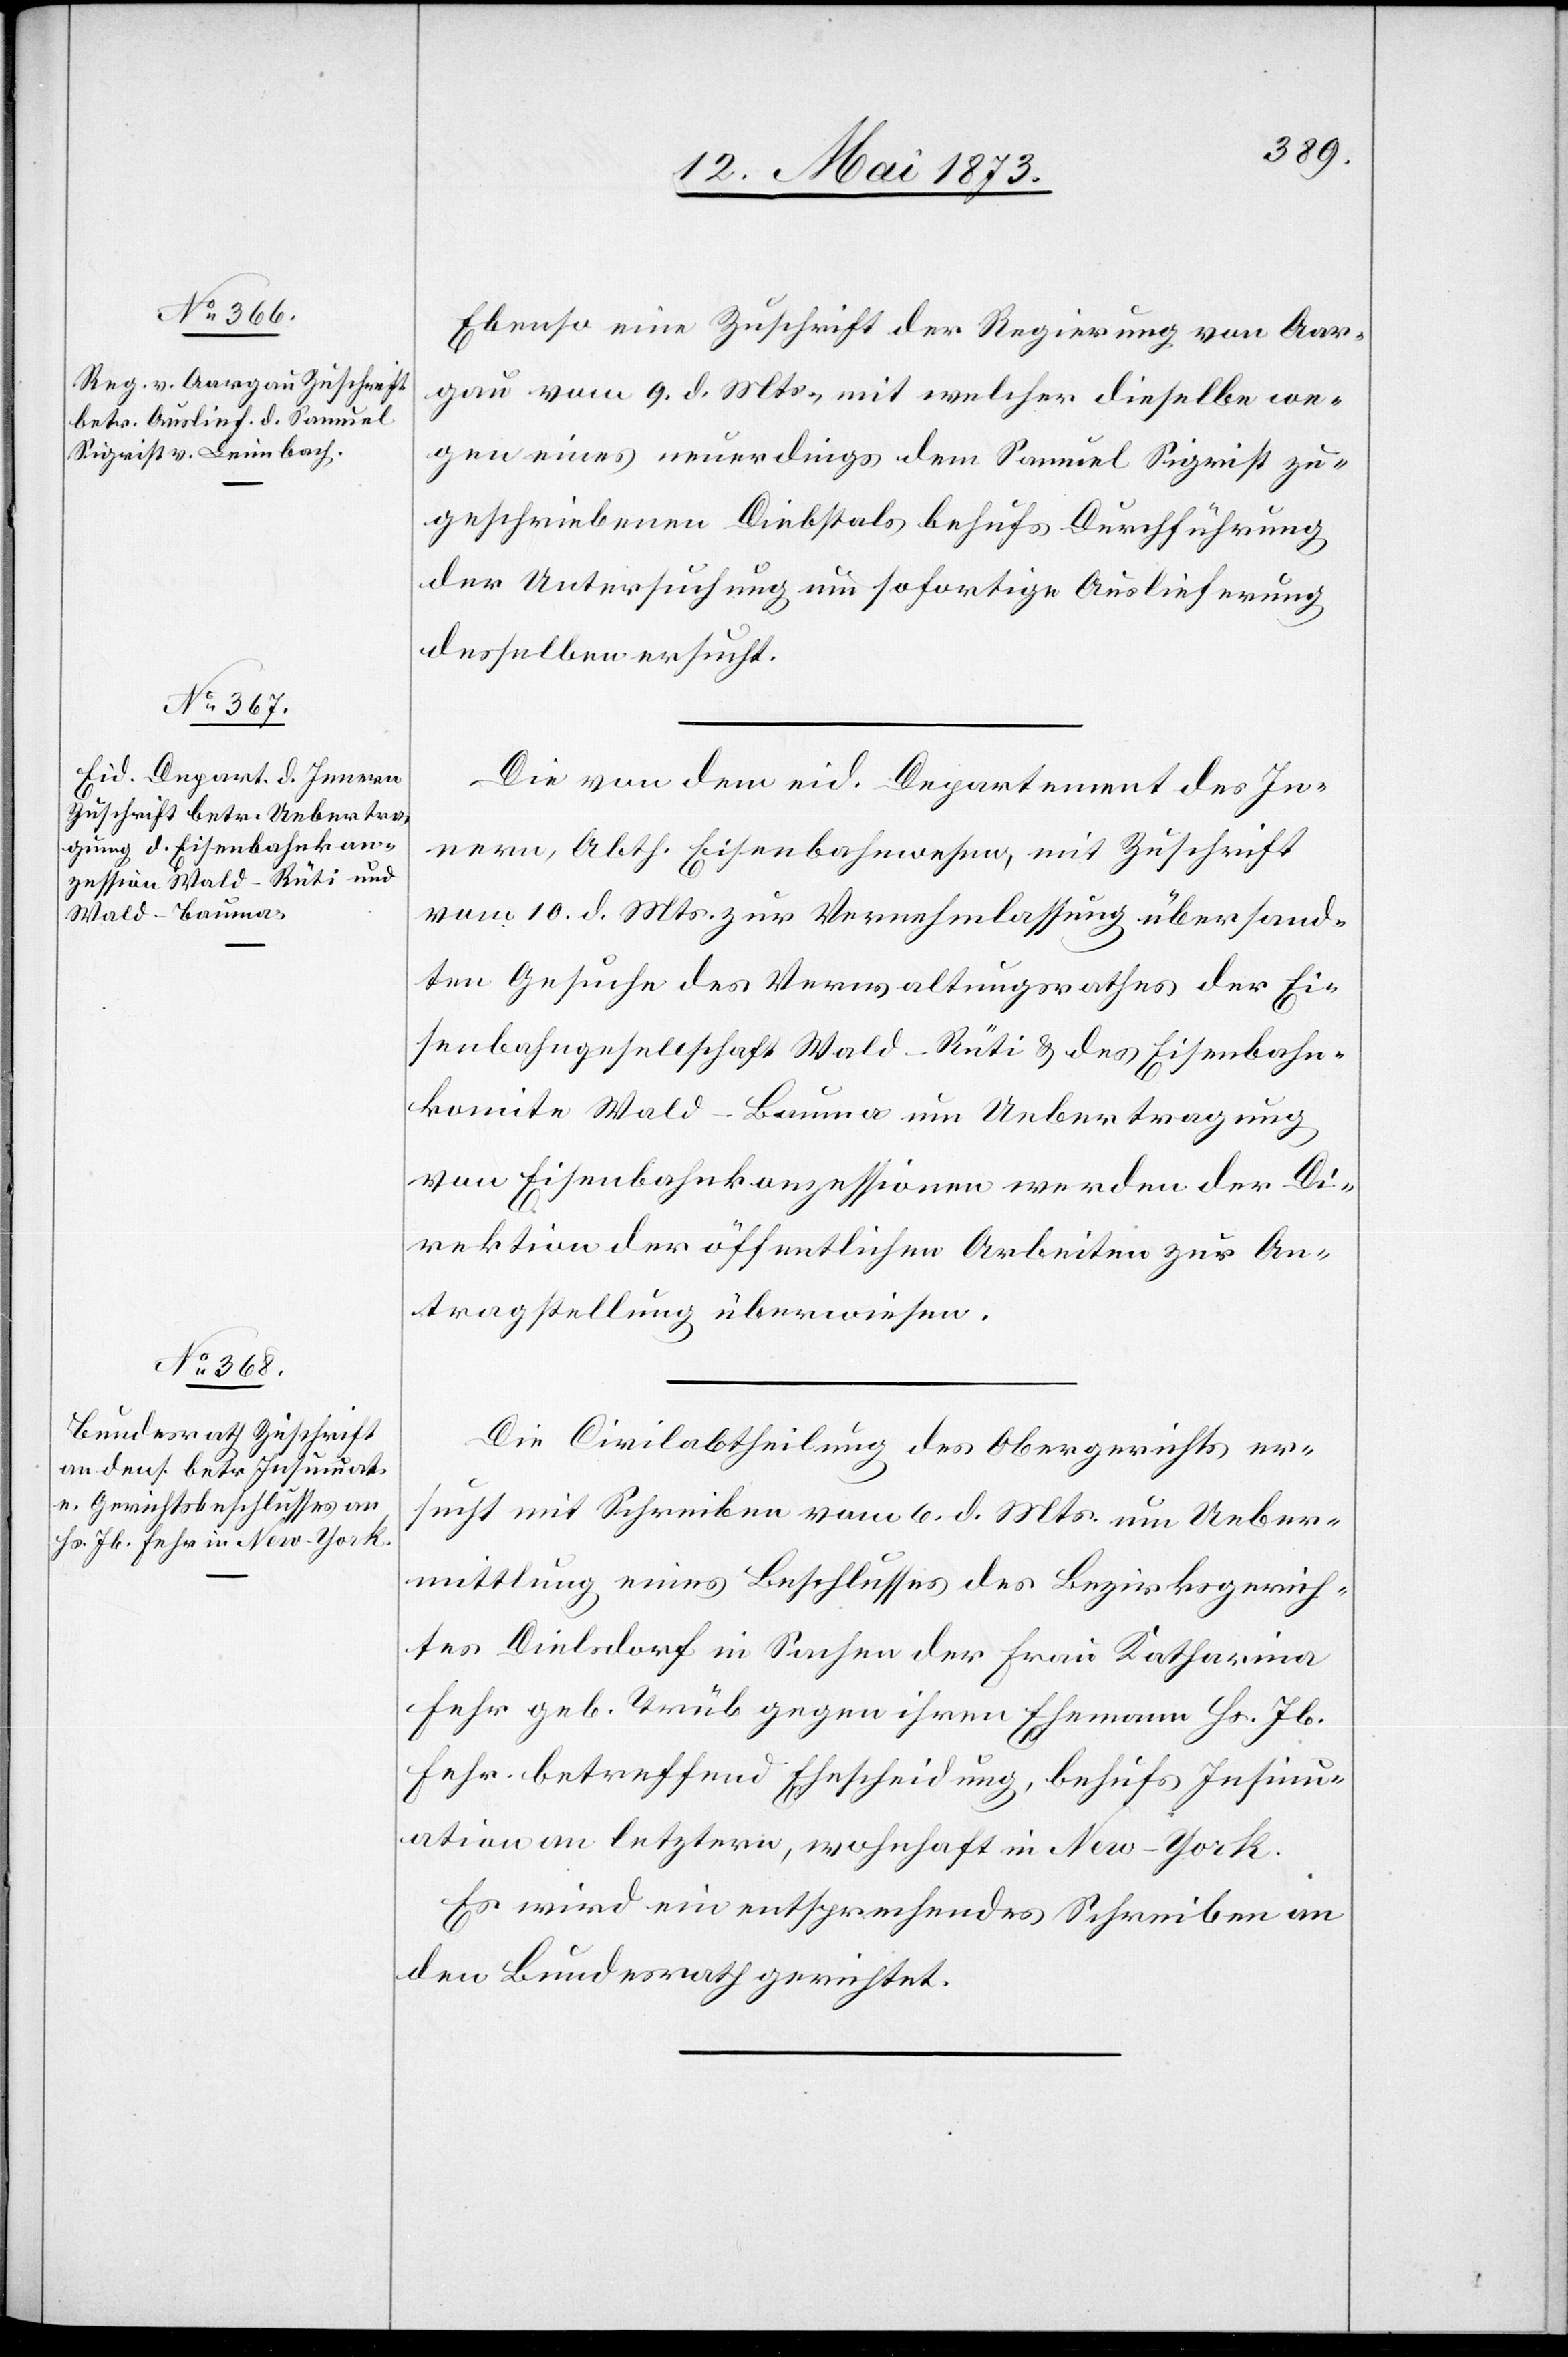
12. Mai 1873.]
Ebenso eine Zuschrift der Regierung von Aar¬
gau vom 9. d. Mts., mit welcher dieselbe we¬
gen eines neuerdings dem Samuel Sigrist zu¬
geschriebenen Diebstals behufs Durchführung
der Untersuchung um sofortige Auslieferung
desselben ersucht.
Die von dem eid. Departement des In¬
nern, Abth. Eisenbahnwesen, mit Zuschrift
vom 10. d. Mts. zur Vernehmlassung übersand¬
ten Gesuche des Verwaltungsrathes der Ei¬
senbahngesellschaft Wald–Rüti & des Eisenbahn¬
komite Wald–Bauma um Uebertragung
von Eisenbahnkonzessionen werden der Di¬
rektion der öffentlichen Arbeiten zur An¬
tragstellung überwiesen.
Die Civilabtheilung des Obergerichts er¬
sucht mit Schreiben vom 6. d. Mts um Ueber¬
mittlung eines Beschlusses des Bezirksgerich¬
tes Dielsdorf in Sachen der Frau Katharina
Fehr geb. Trüb gegen ihren Ehemann Hs. Jb.
Fehr betreffend Ehescheidung, behufs Insinu¬
ation an letztere, wohnhaft in New-York.
Es wird ein entsprechendes Schreiben an
den Bundesrath gerichtet.